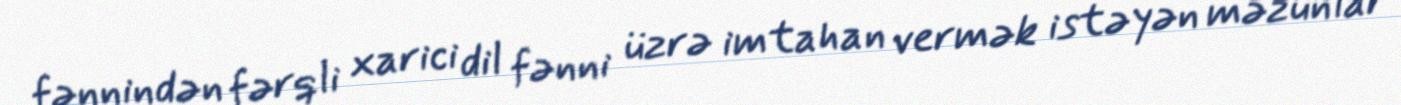
fənnindən fərqli xarici dil fənni üzrə imtahan vermək istəyən məzunlar